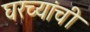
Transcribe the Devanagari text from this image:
घरच्यांची